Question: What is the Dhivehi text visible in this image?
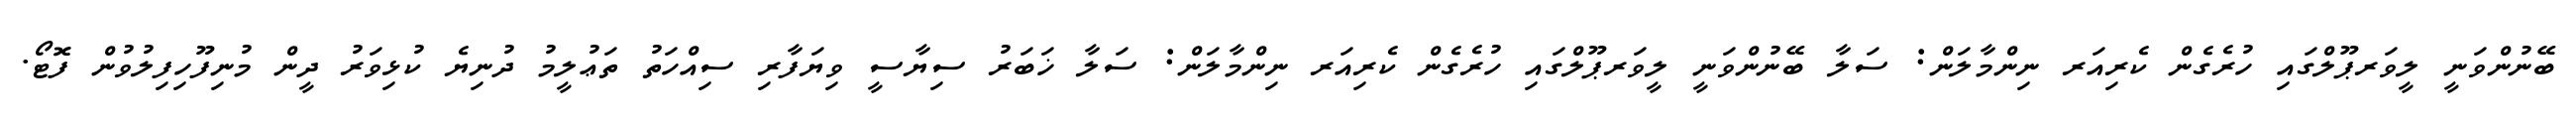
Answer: ބޭނުންވަނީ ލީވަރޕޫލްގައި ހުރެގެން ކެރިއަރ ނިންމާލަން: ސަލާ ބޭނުންވަނީ ލީވަރޕޫލްގައި ހުރެގެން ކެރިއަރ ނިންމާލަން: ސަލާ ޚަބަރު ސިޔާސީ ވިޔަފާރި ސިއްހަތު ތަޢުލީމު ދުނިޔެ ކުޅިވަރު ދީން މުނިފޫހިފިލުވުން ފޮޓޯ.